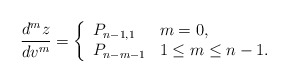
\begin{align*} \frac{d^mz}{dv^m}=\left\{ \begin{array}{ll} P_{n-1,1} & m=0,\\ P_{n-m-1} & 1\leq m\leq n-1. \end{array}\right.\end{align*}